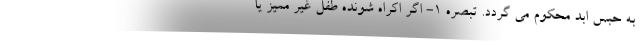
به حبس ابد محکوم می گردد. تبصره ۱- اگر اکراه شونده طفل غیر ممیز یا